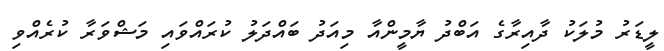
ލީޑަރު މުލަކު ދާއިރާގެ އަބްދު ޔާމީންއާ މިއަދު ބައްދަލު ކުރައްވައި މަޝްވަރާ ކުރެއްވި